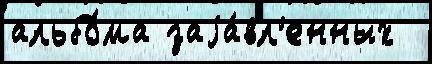
альбо́ма заjа́вл'енных